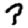
Digit: 3